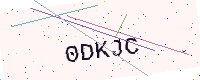
Text: 0DKJC